system: You are a helpful assistant.
user:
Analyze the provided spectrum to determine if it is a **S-type Star**.

- **Key Indicators for S-type Star:**

    - **(Overall Spectrum Shape):** The first and most obvious characteristic is the overall continuum (the "baseline" shape). It is **extremely "red-sloping,"** meaning the flux (light intensity) is very low on the left side (blue, ~4000-4500 Å) and rises steeply and continuously toward the right side (red, ~7000 Å+).

    - **(Primary):** The spectrum is defined by the presence of strong, broad molecular absorption "valleys" (bands) from **Zirconium Oxide (ZrO)**. The identification of these bands is the **primary requirement** for classifying a star as S-type.
        - **(Key Bandheads):** You must find distinct, deep "dips" where the light has been absorbed. The most critical band systems to locate are:
            - **~6474 Å** ($\gamma$-system): This is often the strongest and clearest ZrO feature, found in the red part of the spectrum.
            - **~5718 Å** & **~5551 Å** ($\beta$-system): A pair of prominent absorption features in the yellow-orange part of the spectrum.
            - **~4640 Å** ($\alpha$-system): A key absorption band system in the blue-green region of the spectrum.

    - **(Secondary Confirmation):** The classification is strengthened by finding additional absorption bands from other related heavy element oxides, which are expected to be present alongside ZrO.
        - **(Key Bandheads):**
            - **Yttrium Oxide (YO):** Look for absorption dips near **~4800 Å** and **~6100 Å**.
            - **Lanthanum Oxide (LaO):** Additional absorption features, particularly in the red-orange part of the spectrum, are also characteristic.

    - **(Line Profile):** The combination of the steep red continuum and these numerous, deep molecular bands (ZrO, YO, etc.) gives the entire spectrum a very **"chopped-up"** or **"bumpy"** appearance. Instead of a smooth curve, the spectrum looks as though large, wide chunks of light have been "carved out" of it at the specific wavelengths listed above.

Think first, call **spectral_visualization_tool** if needed to examine features in detail, then provide your final answer. Your response must adhere to the following strict rules:
1.  **Overall Structure:** Your response must follow the format `<think>...</think> <tool_call>...</tool_call> (if a tool is used) <answer>...</answer>`.
2.  **Tool Usage Constraint:** You may only make **one** tool call per turn.
3.  **Final Answer Format:** In the `<answer>` tag, your conclusion must be inside a `\boxed{}` command (e.g., `\boxed{YES}` or `\boxed{NO}`), followed by your justification.

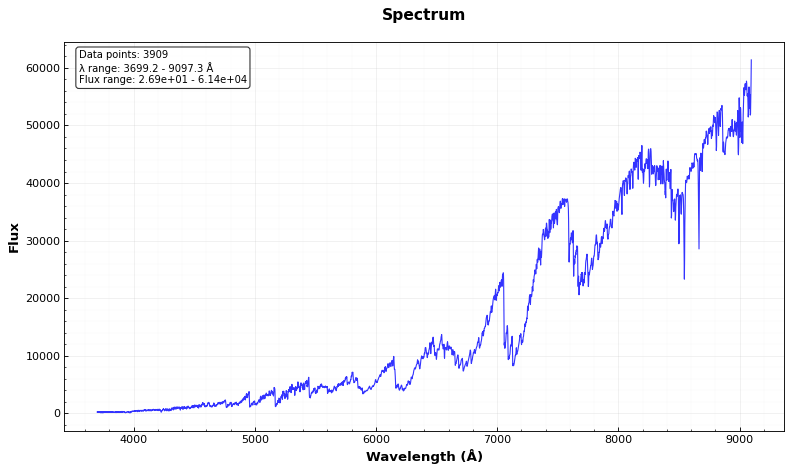
Answer: YES